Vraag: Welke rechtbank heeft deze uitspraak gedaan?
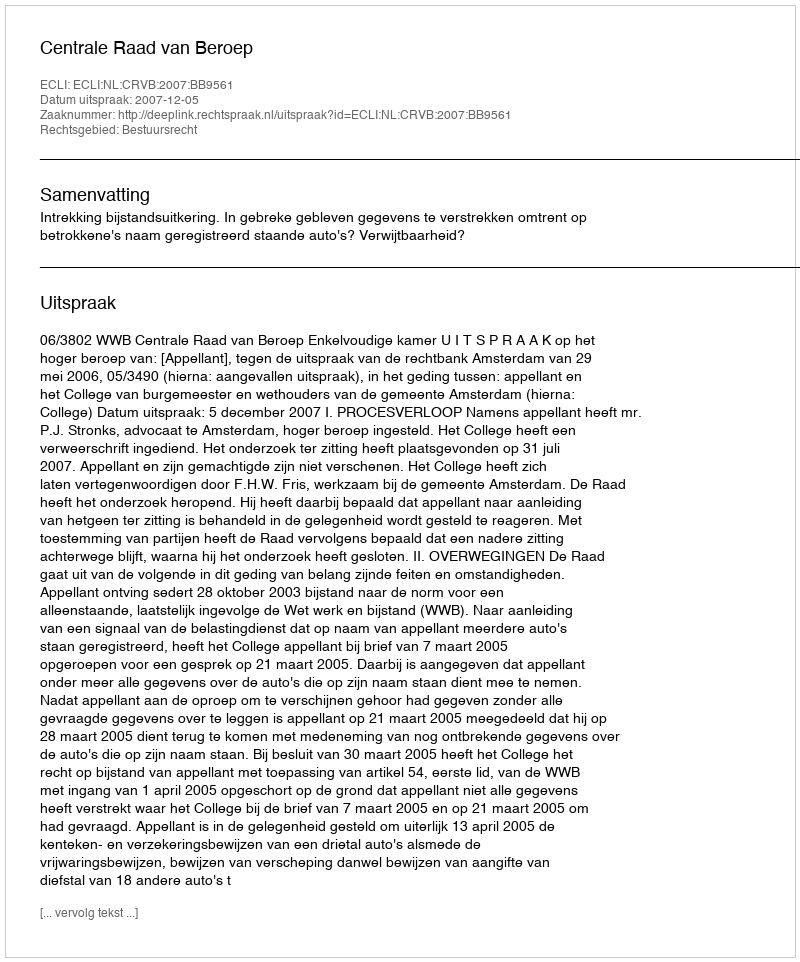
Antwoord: Centrale Raad van Beroep